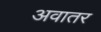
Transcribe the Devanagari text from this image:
अवातर